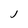
Character: J